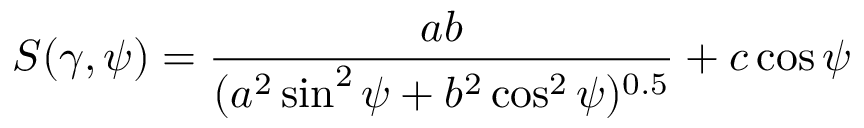
S ( \gamma , \psi ) = \frac { a b } { ( a ^ { 2 } \sin ^ { 2 } \psi + b ^ { 2 } \cos ^ { 2 } \psi ) ^ { 0 . 5 } } + c \cos \psi